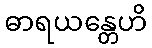
ဓာရယန္တေဟိ